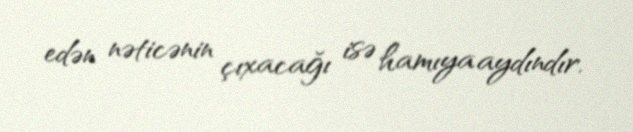
edən nəticənin çıxacağı isə hamıya aydındır.